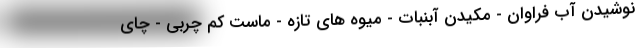
نوشیدن آب فراوان - مکیدن آبنبات - میوه های تازه - ماست کم چربی - چای